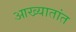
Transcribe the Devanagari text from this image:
आख्यातांत